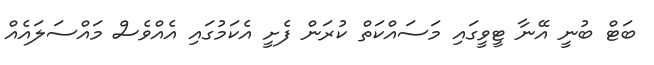
ބަޓް ބުނީ އޭނާ ޓީވީގައި މަސައްކަތް ކުރަން ފެށީ އެކަމުގައި އެއްވެސް މައްސަލައެއް